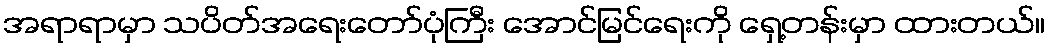
အရာရာမှာ သပိတ်အရေးတော်ပုံကြီး အောင်မြင်ရေးကို ရှေ့တန်းမှာ ထားတယ်။